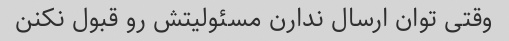
وقتی توان ارسال ندارن مسئولیتش رو قبول نکنن